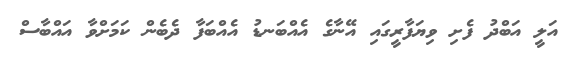
އަލީ އަބްދު ފެށި ވިޔަފާރީގައި އޭނާގެ އެއްބަނޑު އެއްބަފާ ދެބެން ކަމަށްވާ އައްބާސް